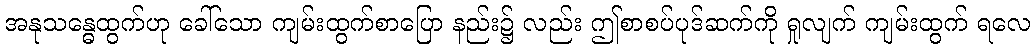
အနုသန္ဓေထွက်ဟု ခေါ်သော ကျမ်းထွက်စာပြော နည်း၌ လည်း ဤစာစပ်ပုဒ်ဆက်ကို ရှုလျက် ကျမ်းထွက် ရလေ